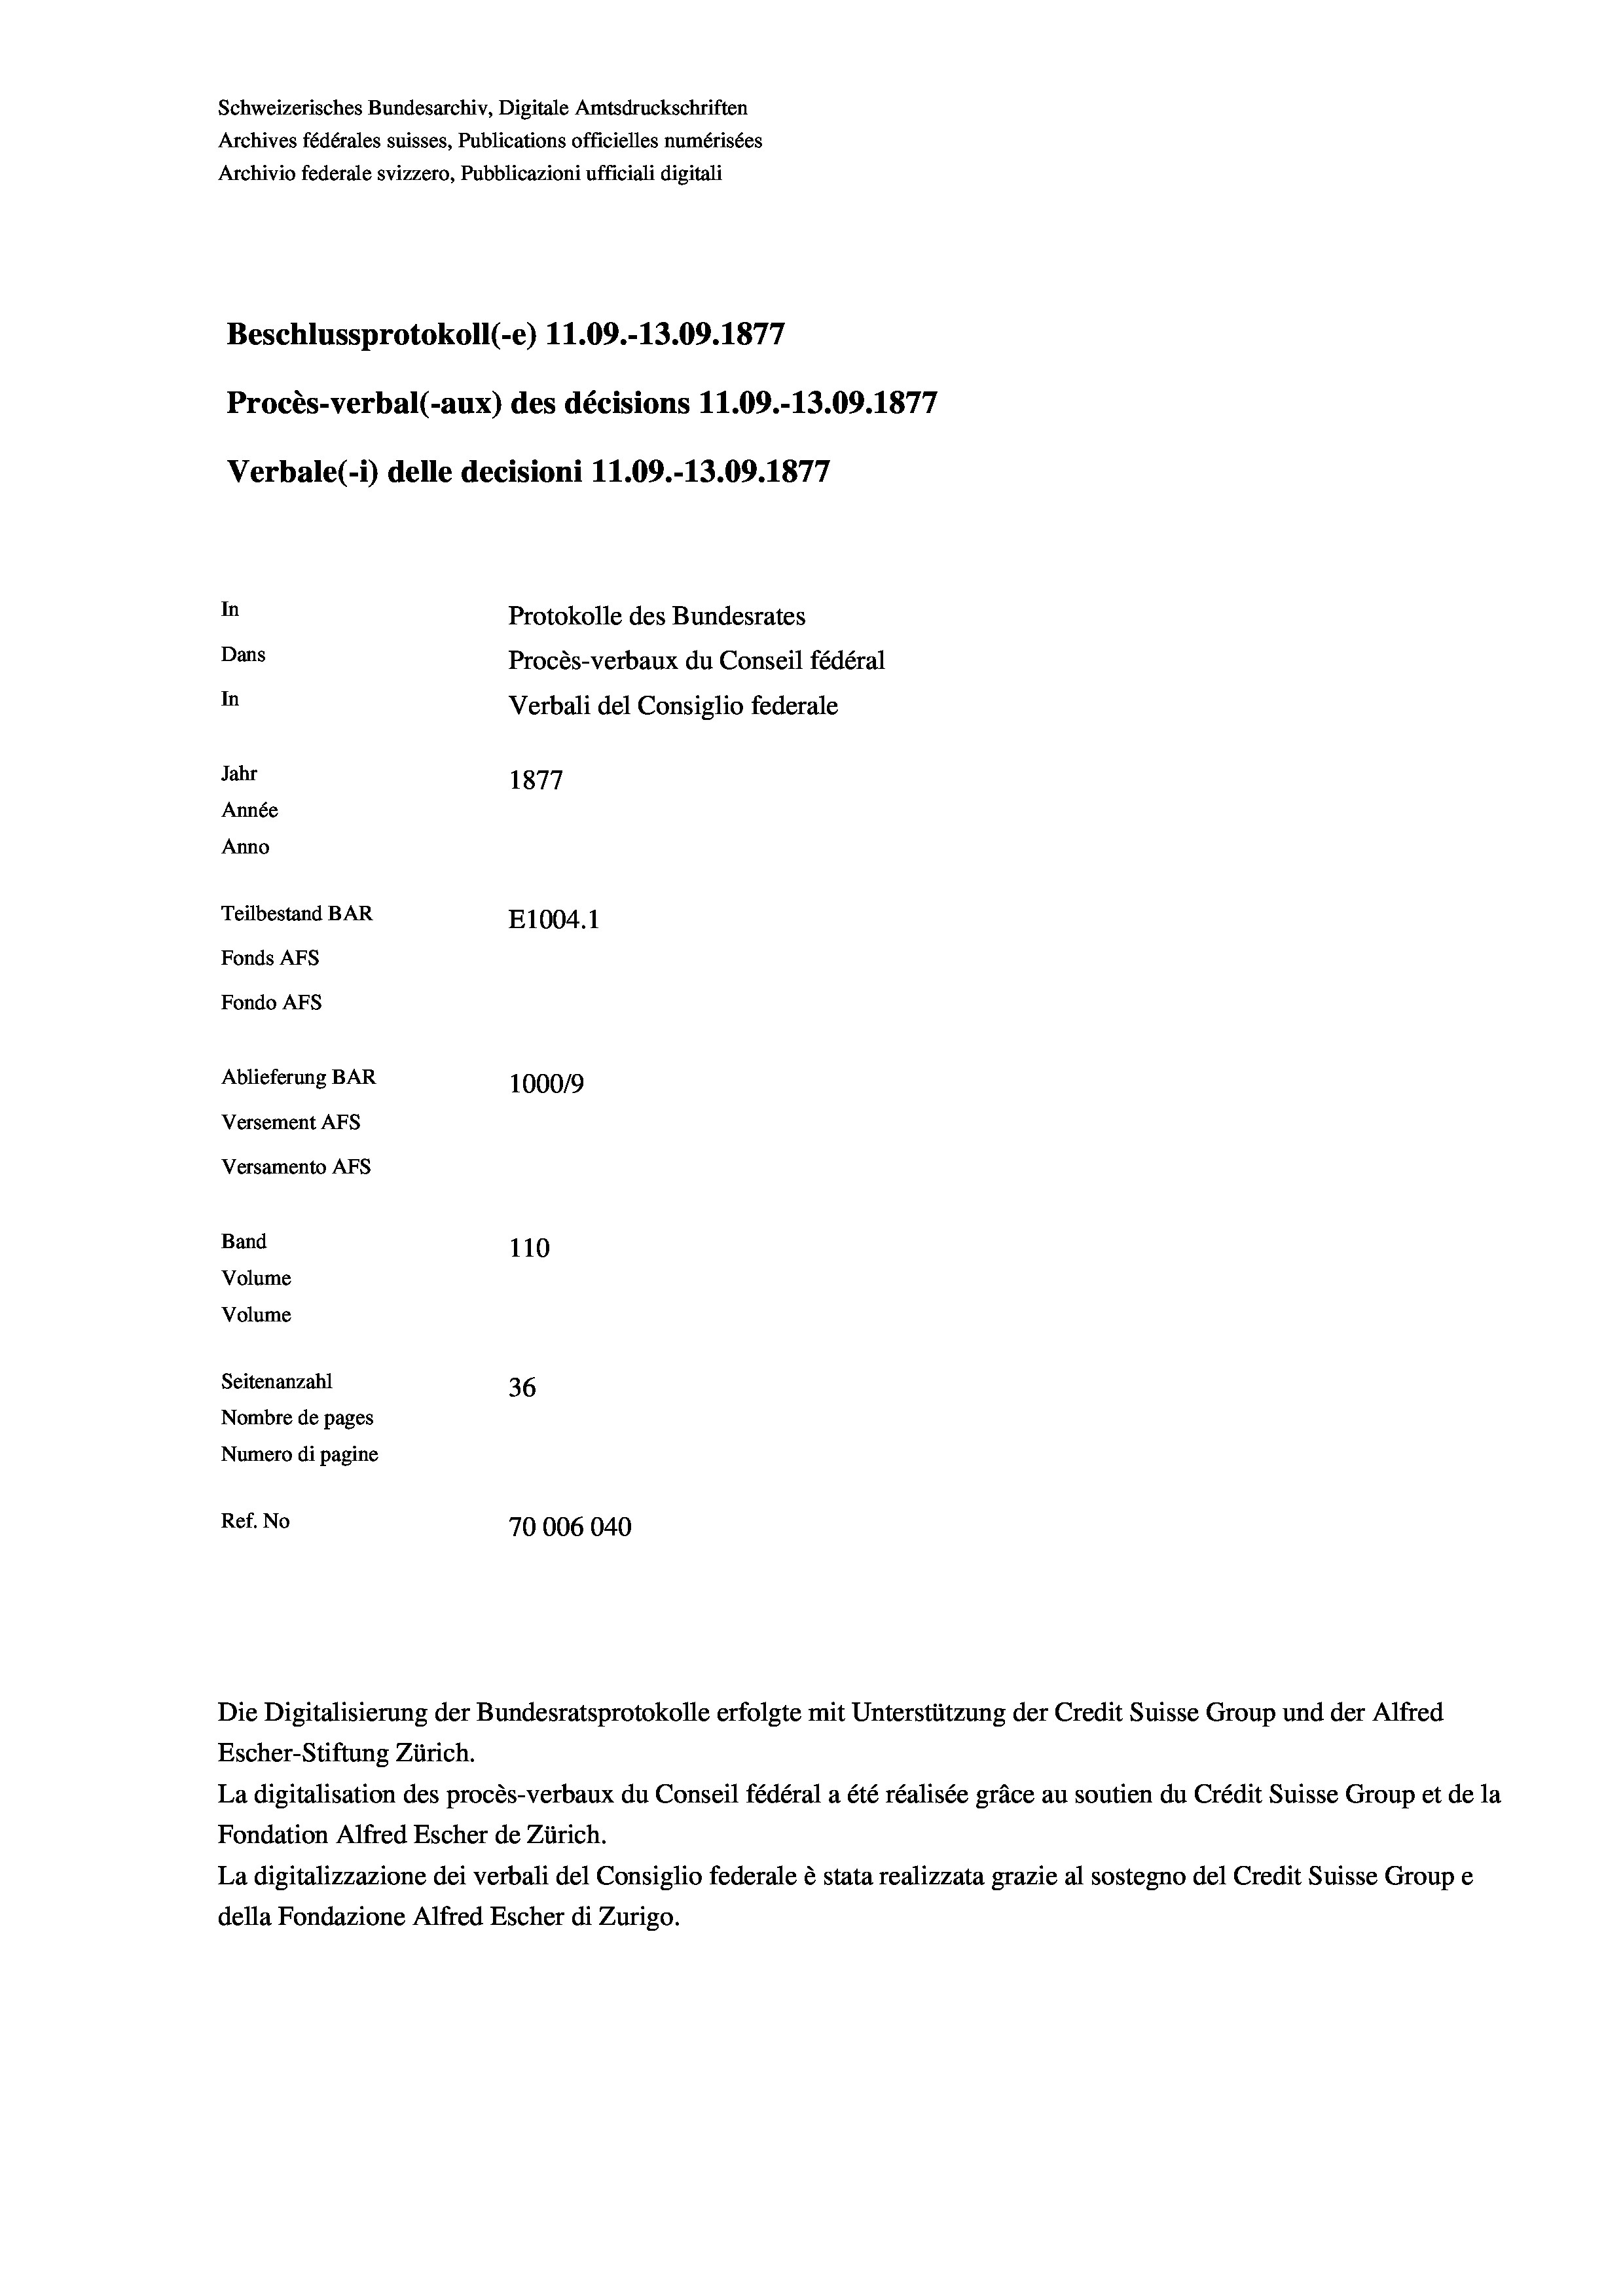
Schweizerisches Bundesarchiv, Digitale Amtsdruckschriften
Archives fédérales suisses, Publications officielles numérisées
Archivio federale svizzero, Pubblicazioni ufficiali digitali
Beschlussprotokoll (-e) 11.09.-13.09. 1877
Procès-verbal (-aux) des décisions 11.09.-13.09. 1877
Verbale (i) delle decisioni 11.09.-13.09. 1877
In
Protokolle des Bundesrates
Dans
Procès-verbaux du Conseil fédéral
In
Verbali del Consiglio federale
Jahr
1877
Année
Anno
Teilbestand BAR
E1004.1
Fonds AFs
Fondo AFS
Ablieferung BAR
100019
Versement AFs
Versamento AFS
Band
110
Volume
Volume
Seitenanzahl
36
Nombre de pages
Numero di pagine
Ref. No
70006040

Escher-Stiftung Zürich.
La digitalisation des procès-verbaux du Conseil fédéral a été réalisée gräce au soutien du Crédit Suisse Group et de la
Fondation Alfred Escher de Zürich.
La digitalizzazione dei verbali del Consiglio federale è stata realizzata grazie al sostegno del Credit Suisse Groupe
della Fondazione Alfred Escher di Zurigo.

Die Digitalisierung der Bundesratsprotokolle erfolgte mit Unterstützung der Credit Suisse Group und der Alfred